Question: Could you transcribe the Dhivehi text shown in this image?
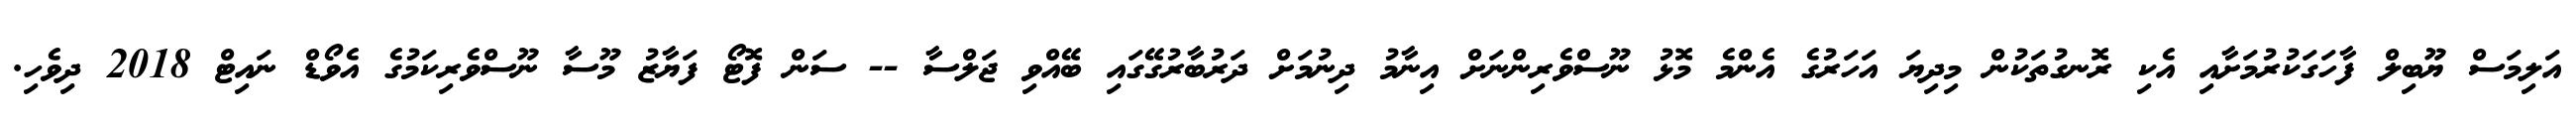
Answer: އަލިމަސް ޔޫބިލް ފާހަގަކުރުމަށާއި އެކި ރޮނގުތަކުން މިދިޔަ އަހަރުގެ އެންމެ މޮޅު ނޫސްވެރިންނަށް އިނާމު ދިނުމަށް ދަރުބާރުގޭގައި ބޭއްވި ޖަލްސާ -- ސަން ފޮޓޯ ފަޔާޒު މޫސާ ނޫސްވެރިކަމުގެ އެވޯޑް ނައިޓް 2018 ދިވެހި.